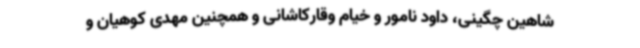
شاهین چگینی، داود نامور و خیام وقارکاشانی و همچنین مهدی کوهیان و